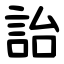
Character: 詒